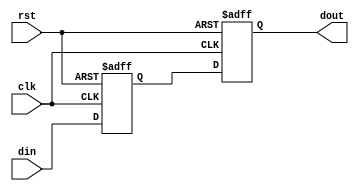
// -----------------------------------------------------------------------------
// Copyright (c) 2014-2022 All rights reserved
// -----------------------------------------------------------------------------
// Create : 2022-03-04 14:26:40
// Revise : 2022-03-04 20:55:24
// Editor : sublime text4, tab size (4)
// -----------------------------------------------------------------------------
/// 
module synchronization #(
//=======================paramter==========================================
	parameter		FIFO_addr_size		=		2		
	)(
						
	//====================port define=======================================
		input							clk 				,
		input 							rst 				,
		input 		[FIFO_addr_size:0]	din					,
		output	reg	[FIFO_addr_size:0]	dout				
	
);

//====================reg wire ==========================================
	reg 		[FIFO_addr_size:0]	dout_t			;

//always block
always @(posedge clk or negedge rst) begin 
	if(~rst) begin
		 		dout 		<= 		{(FIFO_addr_size){1'b0}}				;
		 		dout_t		<=		{(FIFO_addr_size){1'b0}}				;
	end 		
	else begin		
		 		dout_t		<= 		din			;
		 		dout 		<=		dout_t		;
	end
end

endmodule